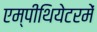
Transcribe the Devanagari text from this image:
एम्पीथियेटरमें